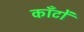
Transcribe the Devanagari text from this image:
कॉँटों